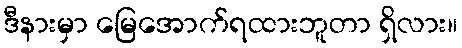
ဒီနားမှာ မြေအောက်ရထားဘူတာ ရှိလား။